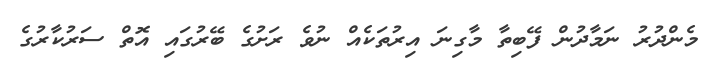
މެންދުރު ނަމާދުން ފޭބިތާ މާގިނަ އިރުތަކެއް ނުވެ ރަށުގެ ބޭރުގައި އޮތް ސަރުކާރުގެ